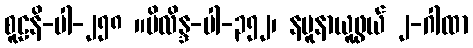
စူဠနိ-ပါ-၂၅၈ ။မိလိန္ဒ-ပါ-၃၅၂၊ နမူနာယူဖွယ် ၂-ဂါထာ